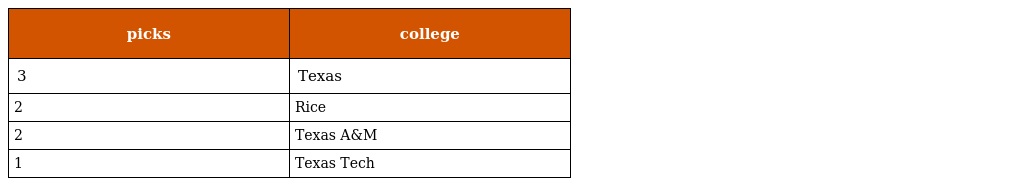
| picks | college |
 | --- | --- |
 | 3 | Texas |
 | 2 | Rice |
 | 2 | Texas A&M |
 | 1 | Texas Tech |